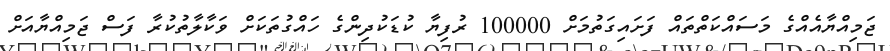
ޖަމިއްޔާއެއްގެ މަސައްކަތްތައް ފަށައިގަތުމަށް 100000 ރުފިޔާ ކުޑަކުދިންގެ ހައްގުތަކަށް ވަކާލާތުކުރާ ފަސް ޖަމިއްޔާއަށް